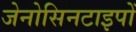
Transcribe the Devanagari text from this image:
जेनोसिनटाइपों